Vaccination in Bombay 1874-1876 - 1874-1876
Year: 1874
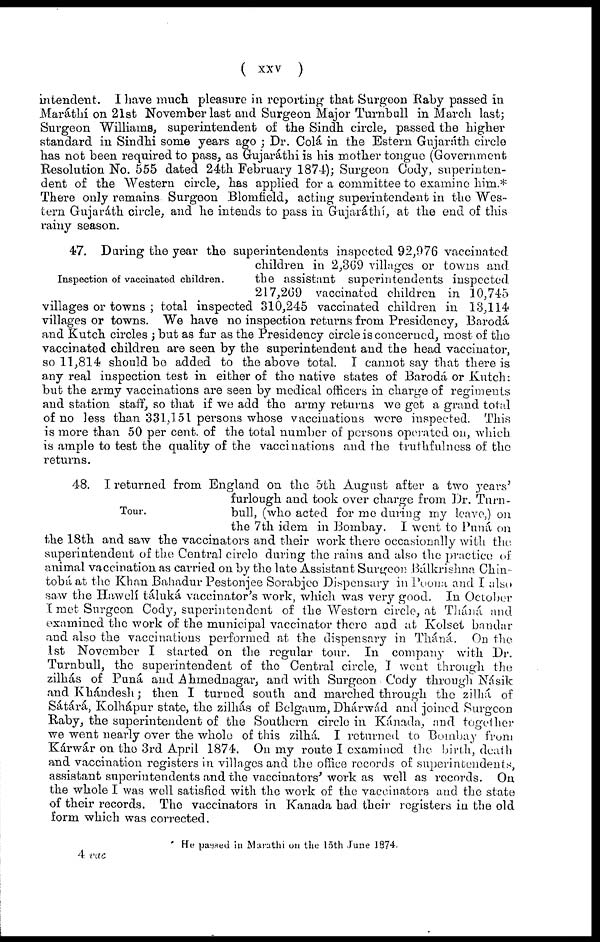
( xxv
)
intendent. I have much pleasure in reporting that Surgeon Raby passed in
Maráthí on 21st November last and Surgeon Major Turnbull in March last;
Surgeon Williams, superintendent of the Sindh circle, passed the higher
standard in Sindhi some years ago ; Dr. Colá in the Estern Gujaráth circle
has not been required to pass, as Gujaráthi is his mother tongue (Government
Resolution No. 555 dated 24th February 1874); Surgeon Cody, superinten-
dent of the Western circle, has applied for a committee to examine him.*
There only remains Surgeon Blomfield, acting superintendent in the Wes-
tern Gujaráth circle, and he intends to pass in Gujaráthi, at the end of this
rainy season.
Inspection of vaccinated children.
47. During the year the superintendents inspected 92,976 vaccinated
children in 2,369 villages or towns and
the assistant superintendents inspected
217,269 vaccinated children in 10,745
villages or towns ; total inspected 310,245 vaccinated children in 13,114
villages or towns. We have no inspection returns from Presidency, Barodá
and Kutch circles ;but as far as the Presidency circle is concerned, most of the
vaccinated children are seen by the superintendent and the head vaccinator,
so 11,814 should be added to the above total. I cannot say that there is
any real inspection test in either of the native states of Barodá or Kutch:
but the army vaccinations are seen by medical officers in charge of regiments
and station staff, so that if we add the army returns we get a grand total
of no less than 331,151 persons whose vaccinations were inspected. This
is more than 50 per cent. of the total number of persons operated on, which
is ample to test the quality of the vaccinations and the truthfulness of the
returns.
Tour.
48. I returned from England on the 5th August after a two years'
furlough and took over charge from Dr. Turn-
bull, (who acted for me during my leave,) on
the 7th idem in Bombay. I went to Puná on
the 18th and saw the vaccinators and their work there occasionally with the.
superintendent of the Central circle during the rains and also the practice of
animal vaccination as carried on by the late Assistant Surgeon .Bálkrishna Chin-
tobá at the Khan Bahadur Pestonjee Sorabjeo Dispensary in Poona and I also
saw the Hawelí táluká vaccinator's work, which was very good. In October
I met Surgeon Cody, superintendent of the Western circle, at Tháná. and
examined the work of the municipal vaccinator there and at Kolset bandar
and also the vaccinations performed at the dispensary in Tháná.. On the
1st November I started on the regular tour. In company with Dr.
Turnbull, the superintendent of the Central circle, I went through the
zilhás of Puná, and .Ahmednagar, and with Surgeon Cody through Násik
and Khándesh; then I turned south and marched through the zilhá of
Sátára, Kolhápur state, the zilhás of Belgaum, Dhárwád and joined Surgeon
Raby, the superintendent of the Southern circle in Kánada, and together
we went nearly over the whole of this zilhá. I returned to Bombay from
Kárwár on the 3rd April 1874. On my route I examined the birth, death
and vaccination registers in villages and the office records of superintendents,
assistant superintendents and the vaccinators' work as well as records. On
the whole I was well satisfied with the work of the vaccinators and the state
of their records. The vaccinators in Kanada had their registers in the old
form which was corrected.
He passed in Marathi on the 15th June 1874.
4 vac